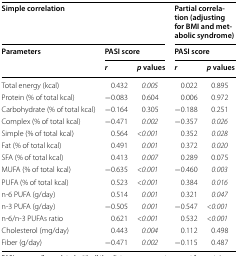
<table><thead><tr><td colspan="3"><b>Simple correlation</b></td><td colspan="2"><b>Partial correlation (adjusting for BMI and metabolic syndrome)</b></td></tr><tr><td rowspan="2"><b>Parameters</b></td><td colspan="2"><b>PASI score</b></td><td colspan="2"><b>PASI score</b></td></tr><tr><td><b><i>r</i></b></td><td><b><i>p</i> values</b></td><td><b><i>r</i></b></td><td><b><i>p</i> values</b></td></tr></thead><tbody><tr><td>Total energy (kcal)</td><td>0.432</td><td><i>0.005</i></td><td>0.022</td><td>0.895</td></tr><tr><td>Protein (% of total kcal)</td><td>−0.083</td><td>0.604</td><td>0.006</td><td>0.972</td></tr><tr><td>Carbohydrate (% of total kcal)</td><td>−0.164</td><td>0.305</td><td>−0.188</td><td>0.251</td></tr><tr><td>Complex (% of total kcal)</td><td>−0.471</td><td><i>0.002</i></td><td>−0.357</td><td><i>0.026</i></td></tr><tr><td>Simple (% of total kcal)</td><td>0.564</td><td><i>&lt;0.001</i></td><td>0.352</td><td><i>0.028</i></td></tr><tr><td>Fat (% of total kcal)</td><td>0.491</td><td><i>0.001</i></td><td>0.372</td><td><i>0.020</i></td></tr><tr><td>SFA (% of total kcal)</td><td>0.413</td><td><i>0.007</i></td><td>0.289</td><td>0.075</td></tr><tr><td>MUFA (% of total kcal)</td><td>−0.635</td><td><i>&lt;0.001</i></td><td>−0.460</td><td><i>0.003</i></td></tr><tr><td>PUFA (% of total kcal)</td><td>0.523</td><td><i>&lt;0.001</i></td><td>0.384</td><td><i>0.016</i></td></tr><tr><td>n-6 PUFA (g/day)</td><td>0.514</td><td><i>0.001</i></td><td>0.321</td><td><i>0.047</i></td></tr><tr><td>n-3 PUFA (g/day)</td><td>−0.505</td><td><i>0.001</i></td><td>−0.547</td><td><i>&lt;0.001</i></td></tr><tr><td>n-6/n-3 PUFAs ratio</td><td>0.621</td><td><i>&lt;0.001</i></td><td>0.532</td><td><i>&lt;0.001</i></td></tr><tr><td>Cholesterol (mg/day)</td><td>0.443</td><td><i>0.004</i></td><td>0.112</td><td>0.498</td></tr><tr><td>Fiber (g/day)</td><td>−0.471</td><td><i>0.002</i></td><td>−0.115</td><td>0.487</td></tr></tbody></table>